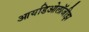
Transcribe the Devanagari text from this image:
आयडिओलॉजीझ